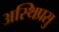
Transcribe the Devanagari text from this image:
अस्थिप्रसु